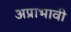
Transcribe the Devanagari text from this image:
अप्राभावी